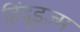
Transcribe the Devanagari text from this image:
हिंदूइज़्म